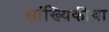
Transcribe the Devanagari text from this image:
सांख्यिकीचा